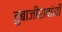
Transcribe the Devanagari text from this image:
तुबाजीरावांनी